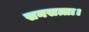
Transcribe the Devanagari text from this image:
सनसत्ता।